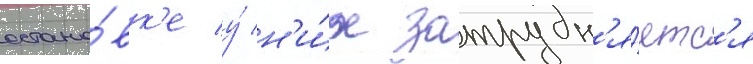
остано́вк'е у́ н'и́х затрудн'я́етс'я